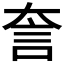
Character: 𧥢